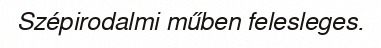
Szépirodalmi műben felesleges.